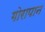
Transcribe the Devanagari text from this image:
गोरापान